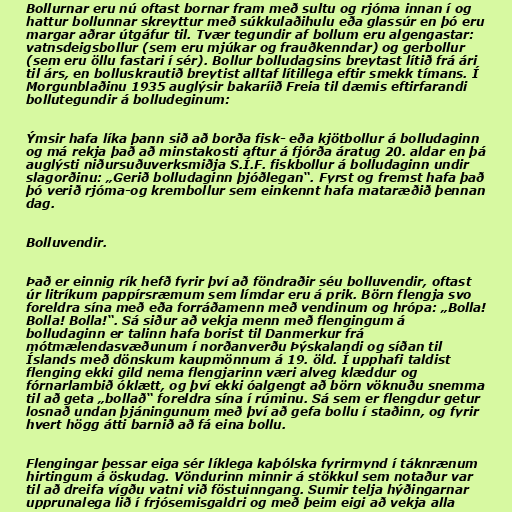
Bollurnar eru nú oftast bornar fram með sultu og rjóma innan í og
hattur bollunnar skreyttur með súkkulaðihulu eða glassúr en þó eru
margar aðrar útgáfur til. Tvær tegundir af bollum eru algengastar:
vatnsdeigsbollur (sem eru mjúkar og frauðkenndar) og gerbollur
(sem eru öllu fastari í sér). Bollur bolludagsins breytast lítið frá ári
til árs, en bolluskrautið breytist alltaf lítillega eftir smekk tímans. Í
Morgunblaðinu 1935 auglýsir bakaríið Freia til dæmis eftirfarandi
bollutegundir á bolludeginum:

Ýmsir hafa líka þann sið að borða fisk- eða kjötbollur á bolludaginn
og má rekja það að minstakosti aftur á fjórða áratug 20. aldar en þá
auglýsti niðursuðuverksmiðja S.Í.F. fiskbollur á bolludaginn undir
slagorðinu: „Gerið bolludaginn þjóðlegan“. Fyrst og fremst hafa það
þó verið rjóma-og krembollur sem einkennt hafa mataræðið þennan
dag.

Bolluvendir.

Það er einnig rík hefð fyrir því að föndraðir séu bolluvendir, oftast
úr litríkum pappírsræmum sem límdar eru á prik. Börn flengja svo
foreldra sína með eða forráðamenn með vendinum og hrópa: „Bolla!
Bolla! Bolla!“. Sá siður að vekja menn með flengingum á
bolludaginn er talinn hafa borist til Danmerkur frá
mótmælendasvæðunum í norðanverðu Þýskalandi og síðan til
Íslands með dönskum kaupmönnum á 19. öld. Í upphafi taldist
flenging ekki gild nema flengjarinn væri alveg klæddur og
fórnarlambið óklætt, og því ekki óalgengt að börn vöknuðu snemma
til að geta „bollað“ foreldra sína í rúminu. Sá sem er flengdur getur
losnað undan þjáningunum með því að gefa bollu í staðinn, og fyrir
hvert högg átti barnið að fá eina bollu.

Flengingar þessar eiga sér líklega kaþólska fyrirmynd í táknrænum
hirtingum á öskudag. Vöndurinn minnir á stökkul sem notaður var
til að dreifa vígðu vatni við föstuinngang. Sumir telja hýðingarnar
upprunalega lið í frjósemisgaldri og með þeim eigi að vekja alla